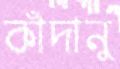
কাঁদানু